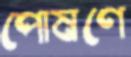
পোষণে